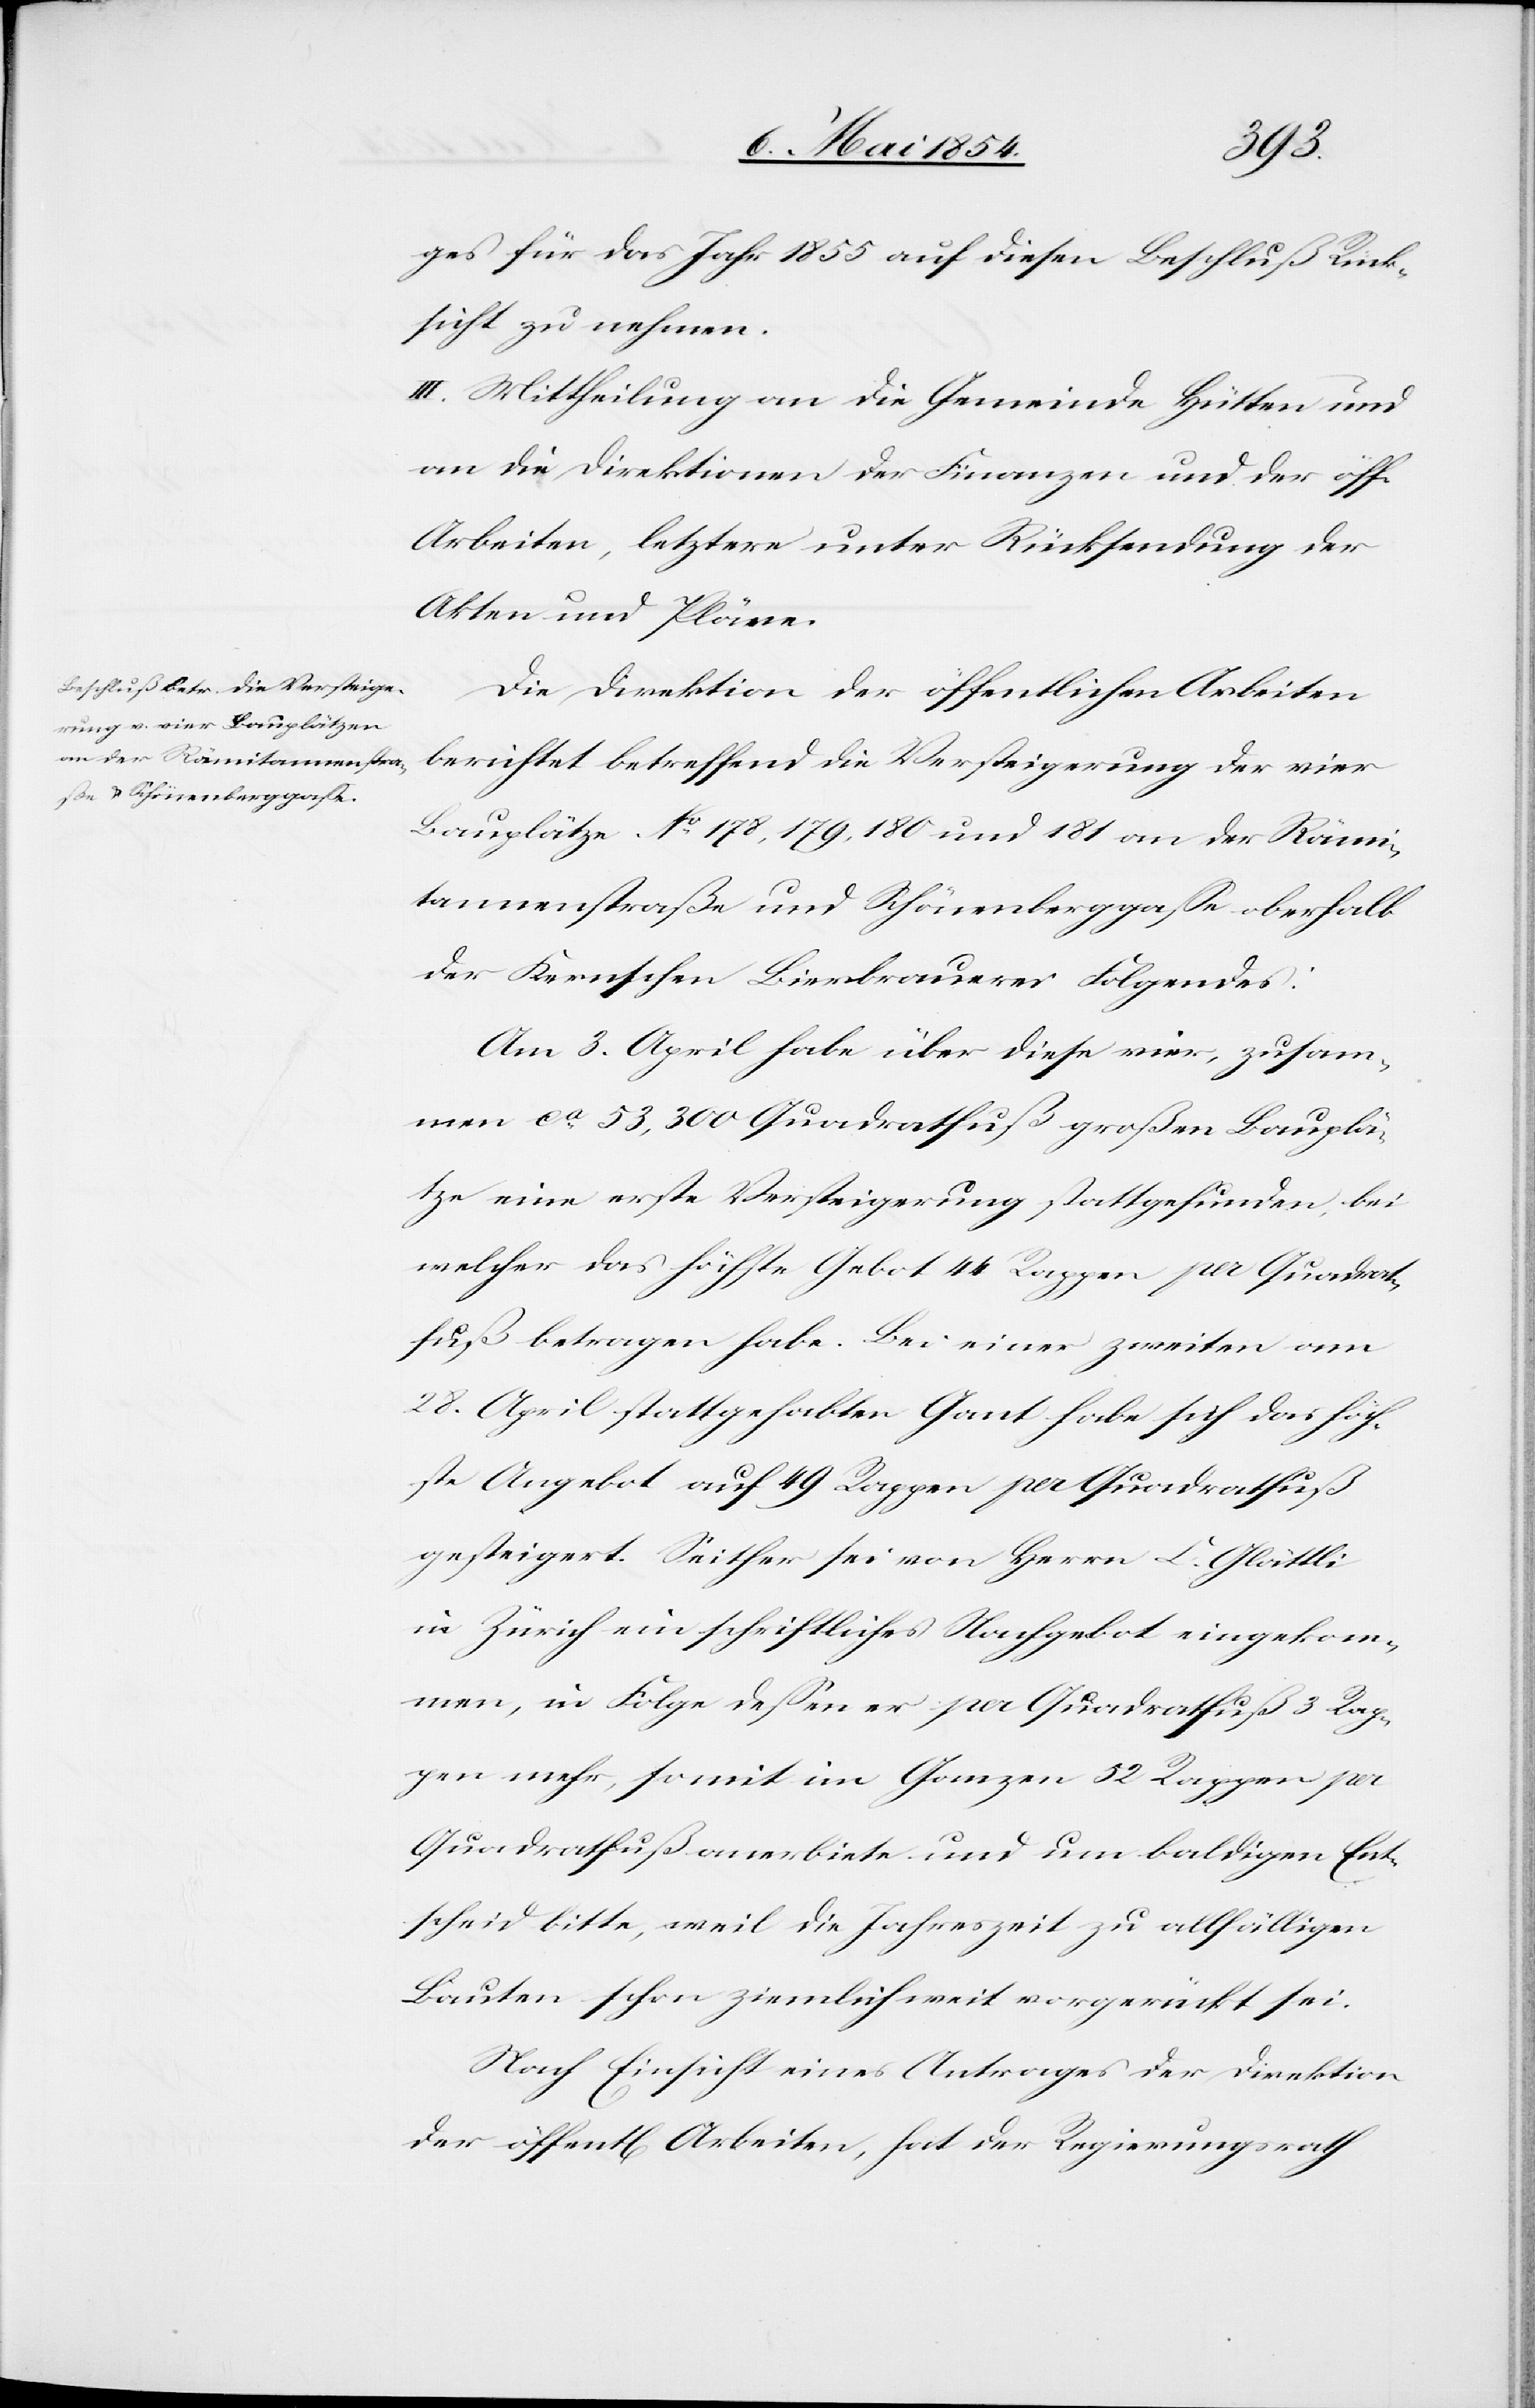
tlichen
ges für das Jahr 1855 auf diesen Beschluß Rück¬
sicht zu nehmen.
III. Mittheilung an die Gemeinde Hütten und
an die Direktionen der Finanzen und der öffen¬
Arbeiten, letztere unter Rücksendung der
Akten und Pläne.
Die Direktion der öffentlichen Arbeiten
berichtet betreffend die Versteigerung der vier
Bauplätze No 178, 179, 180 und 181 an der Rämi¬
tannenstraße und Schönenberggaße oberhalb
der Kernschen Bierbrauerei Folgendes:
Am 3. April habe über diese vier, zusam¬
men ca 53,300 Quadratfuß großen Bauplä¬
tze eine erste Versteigerung stattgefunden, bei
welcher das höchste Gebot 44 Rappen per Quadrat¬
fuß betragen habe. Bei einer zweiten am
28. April stattgehabten Gant habe sich das höch¬
ste Angebot auf 49 Rappen per Quadratfuß
gesteigert. Seither sei von Herrn C. Glättli
in Zürich ein schriftliches Nachgebot eingekom¬
men, in Folge deßen er per Quadratfuß 3 Rap¬
pen mehr, somit im Ganzen 52 Rappen per
Quadratfuß anerbiete und um baldigen Ent¬
scheid bitte, weil die Jahreszeit zu allfälligen
Bauten schon ziemlich weit vorgerückt sei.
Nach Einsicht eines Antrages der Direktion
der öffentl. Arbeiten, hat der Regierungsrath